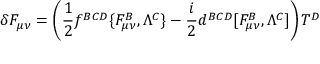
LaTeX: \delta F _ { \mu \nu } = \left( { \frac { 1 } { 2 } } f ^ { B C D } \{ F _ { \mu \nu } ^ { B } , \Lambda ^ { C } \} - { \frac { i } { 2 } } d ^ { B C D } [ F _ { \mu \nu } ^ { B } , \Lambda ^ { C } ] \right) T ^ { D }